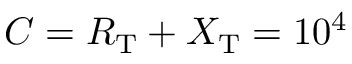
C = R _ { \mathrm { T } } + X _ { \mathrm { T } } = 1 0 ^ { 4 }